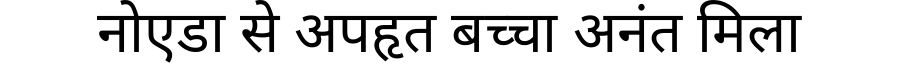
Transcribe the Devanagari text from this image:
नोएडा से अपहृत बच्चा अनंत मिला